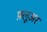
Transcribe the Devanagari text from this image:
फ़्लूअर